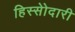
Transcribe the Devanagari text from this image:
हिस्सेोदारी